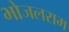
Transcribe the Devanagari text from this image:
भोजलराम